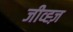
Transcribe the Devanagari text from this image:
जीव्ह्ज़